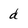
Character: d